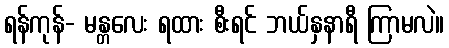
ရန်ကုန်- မန္တလေး ရထား စီးရင် ဘယ်နှနာရီ ကြာမလဲ။